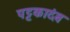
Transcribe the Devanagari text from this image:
पट्टकादंब